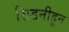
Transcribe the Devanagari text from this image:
सिडनीहून